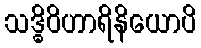
သဒ္ဓိဝိဟာရိနိယောပိ